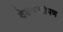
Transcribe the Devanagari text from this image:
देवत्वारोपण